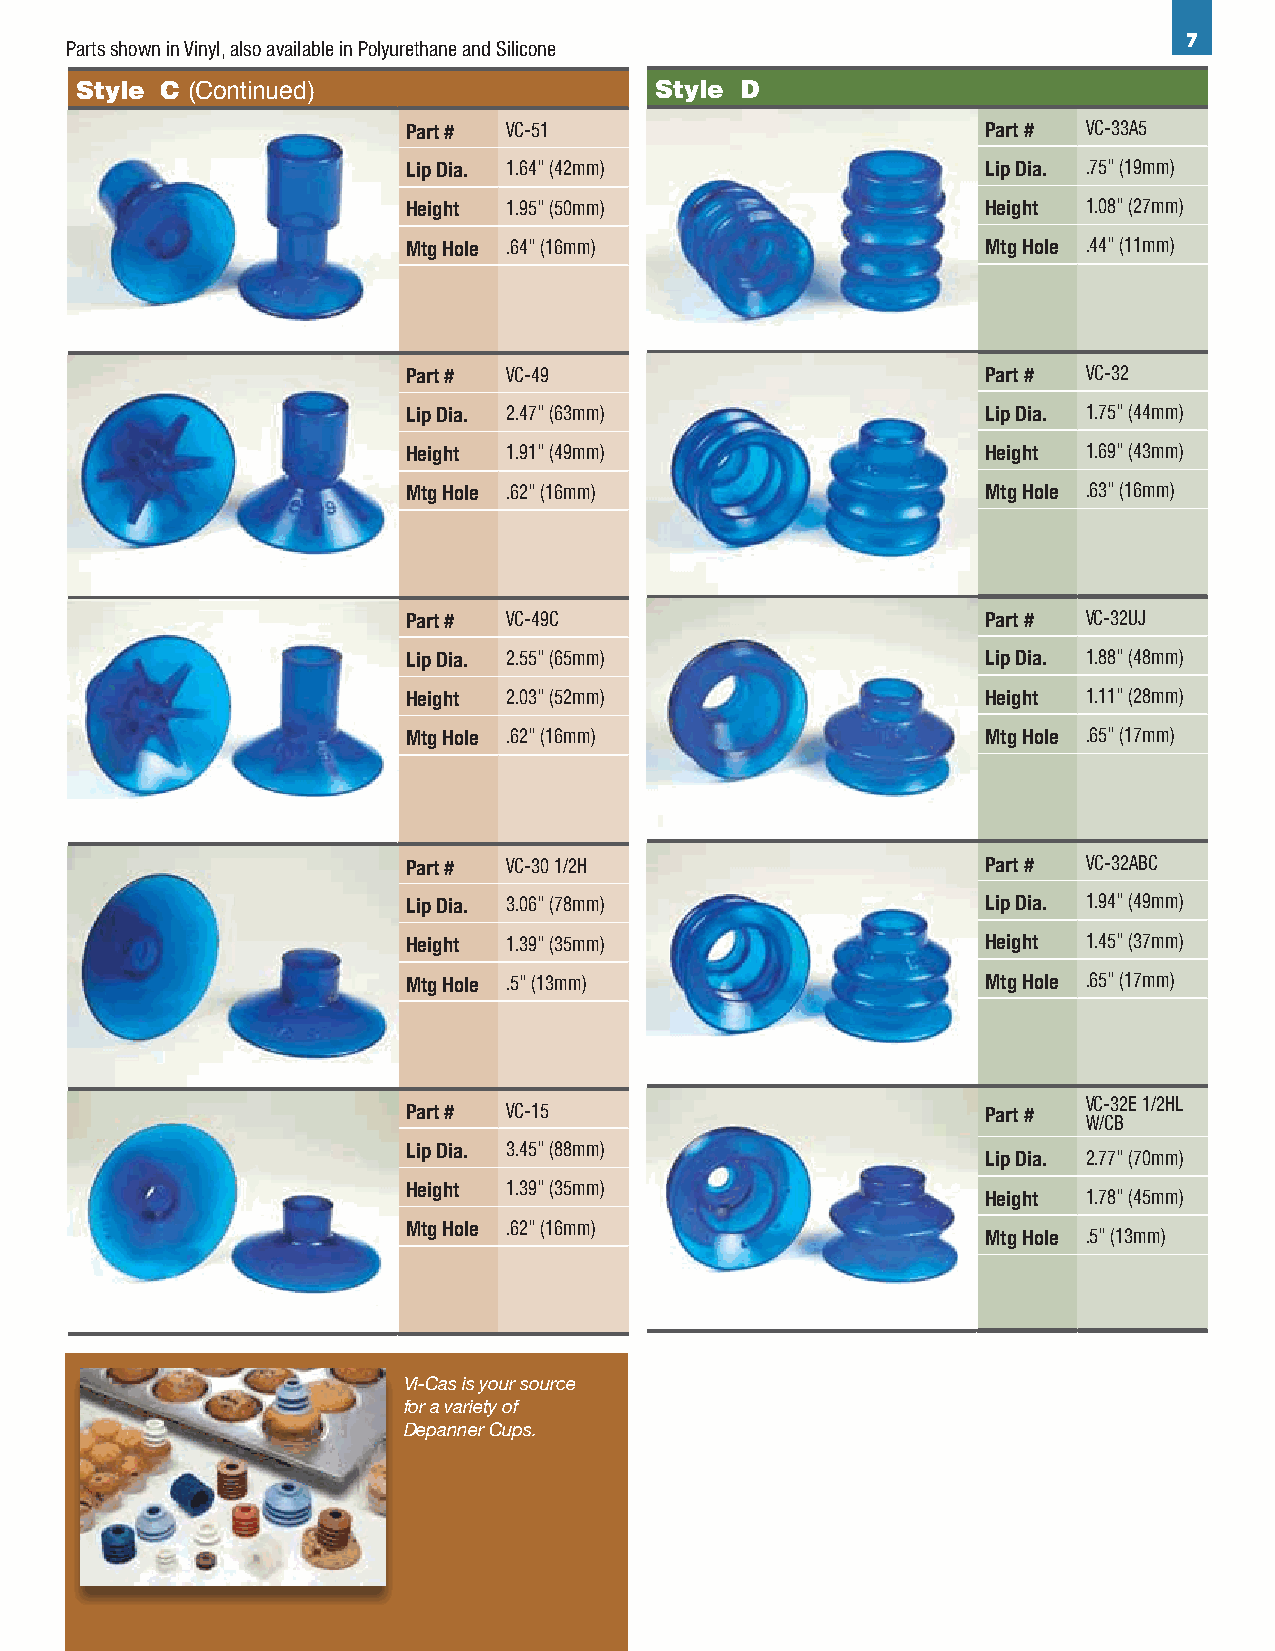
7
 Parts shown in Vinyl, also available in Polyurethane and Silicone
 Style C (Continued)                   Style D
 Part # VC-51                          Part # VC-33A5
 Lip Dia. 1.64" (42mm)                 Lip Dia. .75" (19mm)
 Height 1.95" (50mm)                   Height 1.08" (27mm)
 Mtg Hole .64" (16mm)                  Mtg Hole .44" (11mm)
 Part # VC-49                          Part # VC-32
 Lip Dia. 2.47" (63mm)                 Lip Dia. 1.75" (44mm)
 Height 1.91" (49mm)                   Height 1.69" (43mm)
 Mtg Hole .62" (16mm)                  Mtg Hole .63" (16mm)
 Part # VC-49C                         Part # VC-32UJ
 Lip Dia. 2.55" (65mm)                 Lip Dia. 1.88" (48mm)
 Height 2.03" (52mm)                   Height 1.11" (28mm)
 Mtg Hole .62" (16mm)                  Mtg Hole .65" (17mm)
 Part # VC-30 1/2H                     Part # VC-32ABC
 Lip Dia. 3.06" (78mm)                 Lip Dia. 1.94" (49mm)
 Height 1.39" (35mm)                   Height 1.45" (37mm)
 Mtg Hole .5" (13mm)                   Mtg Hole .65" (17mm)
 VC-32E 1/2HL
 Part # VC-15                          Part #
 W/CB
 Lip Dia. 3.45" (88mm)
 Lip Dia. 2.77" (70mm)
 Height 1.39" (35mm)
 Height 1.78" (45mm)
 Mtg Hole .62" (16mm)
 Mtg Hole .5" (13mm)
 Vi-Cas is your source
 for a variety of
 Depanner Cups.